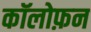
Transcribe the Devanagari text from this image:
कॉलोफ़न